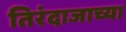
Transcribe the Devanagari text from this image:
तिरंदाजाच्या